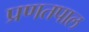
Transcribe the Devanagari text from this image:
प्रणतपाल